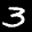
Label: 3